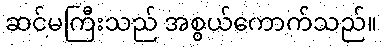
ဆင်မကြီးသည် အစွယ်ကောက်သည်။